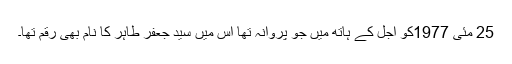
25 مئی 1977کو اجل کے ہاتھ میں جو پروانہ تھا اس میں سید جعفر طاہر کا نام بھی رقم تھا۔